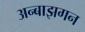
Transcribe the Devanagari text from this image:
अन्बाझगन